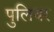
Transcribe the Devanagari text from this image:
पुलियर